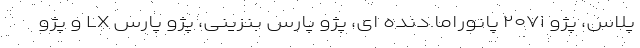
پلاس، پژو ۲۰۷i پانوراما دنده ای، پژو پارس بنزینی، پژو پارس LX و پژو